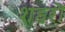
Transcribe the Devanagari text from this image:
शहरॊ